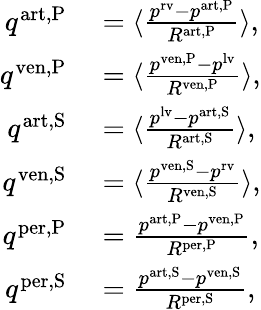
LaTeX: \begin{array}{rl}{q^{\mathrm{art,P}}}&{{}=\langle\frac{p^{\mathrm{rv}}-p^{\mathrm{art,P}}}{R^{\mathrm{art,P}}}\rangle,}\\ {q^{\mathrm{ven,P}}}&{{}=\langle\frac{p^{\mathrm{ven,P}}-p^{\mathrm{lv}}}{R^{\mathrm{ven,P}}}\rangle,}\\ {q^{\mathrm{art,S}}}&{{}=\langle\frac{p^{\mathrm{lv}}-p^{\mathrm{art,S}}}{R^{\mathrm{art,S}}}\rangle,}\\ {q^{\mathrm{ven,S}}}&{{}=\langle\frac{p^{\mathrm{ven,S}}-p^{\mathrm{rv}}}{R^{\mathrm{ven,S}}}\rangle,}\\ {q^{\mathrm{per,P}}}&{{}=\frac{p^{\mathrm{art,P}}-p^{\mathrm{ven,P}}}{R^{\mathrm{per,P}}},}\\ {q^{\mathrm{per,S}}}&{{}=\frac{p^{\mathrm{art,S}}-p^{\mathrm{ven,S}}}{R^{\mathrm{per,S}}},}\end{array}